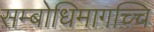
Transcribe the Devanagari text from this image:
सम्बोधिमागच्चि